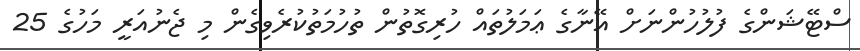
ސްޓޭޝަންގެ ފުލުހުންނަށް އޭނާގެ ޢަމަލުތައް ހުރިގޮތުން ތުހުމަތުކުރެވިގެން މި ޖެނުއަރީ މަހުގެ 25